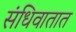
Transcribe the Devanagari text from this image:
संधिवातात